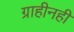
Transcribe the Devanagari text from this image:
ग्राहीनहीं